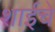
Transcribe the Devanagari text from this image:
शाईचे